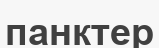
панктер